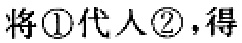
将\textcircled{1}代入\textcircled{2}，得